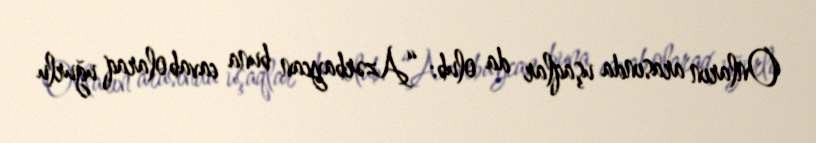
Onların arasında uşaqlar da olub: “Azərbaycan buna cavab olaraq uğurlu